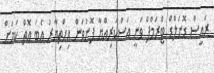
ރައީސް ޑޮނަލްޑް ޓްރަމްޕް ވަނީ އަސްކަރިއްޔާ ފޮނުވަން އިހްތިޔާރު އެބަ އޮތް ކަމަށް